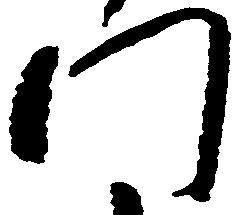
門